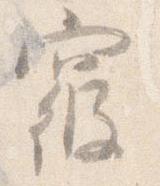
寝